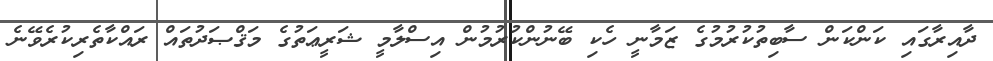
ދާއިރާގައި ކަންކަން ސާބިތުކުރުމުގެ ޒަމާނީ ހެކި ބޭނުންކުރުމުން އިސްލާމީ ޝަރީޢަތުގެ މަޤްޞަދުތައް ރައްކާތެރިކުރެވޭނެ